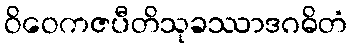
ဝိဝေကဇပီတိသုခဿာဒဂဓိတံ